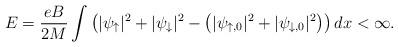
LaTeX: \begin{align*}E=\dfrac{eB}{2M}\int\left(|\psi_{\uparrow}|^2+|\psi_{\downarrow}|^2-\left(|\psi_{\uparrow,0}|^2+|\psi_{\downarrow,0}|^2\right)\right) dx<\infty.\end{align*}